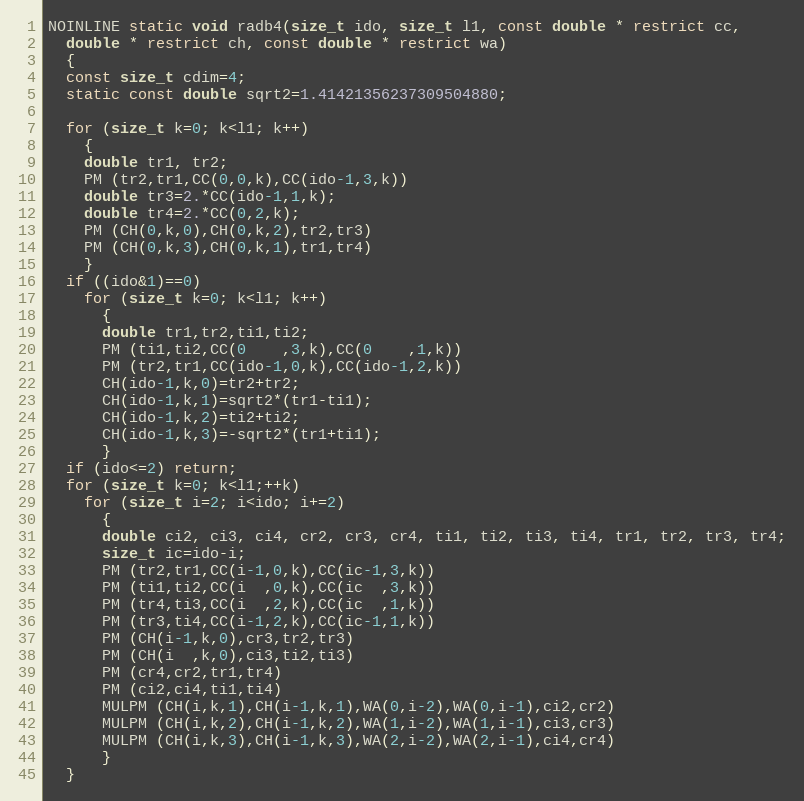
Language: C
NOINLINE static void radb4(size_t ido, size_t l1, const double * restrict cc,
  double * restrict ch, const double * restrict wa)
  {
  const size_t cdim=4;
  static const double sqrt2=1.41421356237309504880;

  for (size_t k=0; k<l1; k++)
    {
    double tr1, tr2;
    PM (tr2,tr1,CC(0,0,k),CC(ido-1,3,k))
    double tr3=2.*CC(ido-1,1,k);
    double tr4=2.*CC(0,2,k);
    PM (CH(0,k,0),CH(0,k,2),tr2,tr3)
    PM (CH(0,k,3),CH(0,k,1),tr1,tr4)
    }
  if ((ido&1)==0)
    for (size_t k=0; k<l1; k++)
      {
      double tr1,tr2,ti1,ti2;
      PM (ti1,ti2,CC(0    ,3,k),CC(0    ,1,k))
      PM (tr2,tr1,CC(ido-1,0,k),CC(ido-1,2,k))
      CH(ido-1,k,0)=tr2+tr2;
      CH(ido-1,k,1)=sqrt2*(tr1-ti1);
      CH(ido-1,k,2)=ti2+ti2;
      CH(ido-1,k,3)=-sqrt2*(tr1+ti1);
      }
  if (ido<=2) return;
  for (size_t k=0; k<l1;++k)
    for (size_t i=2; i<ido; i+=2)
      {
      double ci2, ci3, ci4, cr2, cr3, cr4, ti1, ti2, ti3, ti4, tr1, tr2, tr3, tr4;
      size_t ic=ido-i;
      PM (tr2,tr1,CC(i-1,0,k),CC(ic-1,3,k))
      PM (ti1,ti2,CC(i  ,0,k),CC(ic  ,3,k))
      PM (tr4,ti3,CC(i  ,2,k),CC(ic  ,1,k))
      PM (tr3,ti4,CC(i-1,2,k),CC(ic-1,1,k))
      PM (CH(i-1,k,0),cr3,tr2,tr3)
      PM (CH(i  ,k,0),ci3,ti2,ti3)
      PM (cr4,cr2,tr1,tr4)
      PM (ci2,ci4,ti1,ti4)
      MULPM (CH(i,k,1),CH(i-1,k,1),WA(0,i-2),WA(0,i-1),ci2,cr2)
      MULPM (CH(i,k,2),CH(i-1,k,2),WA(1,i-2),WA(1,i-1),ci3,cr3)
      MULPM (CH(i,k,3),CH(i-1,k,3),WA(2,i-2),WA(2,i-1),ci4,cr4)
      }
  }